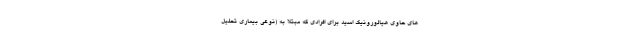
های حاوی هیالورونیک اسید برای افرادی که مبتلا به (نوعی بیماری تحلیل